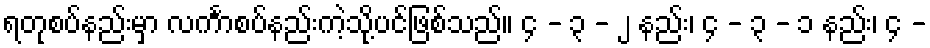
ရတုစပ်နည်းမှာ လင်္ကာစပ်နည်းကဲ့သို့ပင်ဖြစ်သည်။ ၄ - ၃ - ၂ နည်း၊ ၄ - ၃ - ၁ နည်း၊ ၄ -